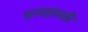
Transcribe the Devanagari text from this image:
वरदहळ्ळी